Code of medical and sanitary regulations for the guidance of medical officers serving in the Madras Presidency - Volume I
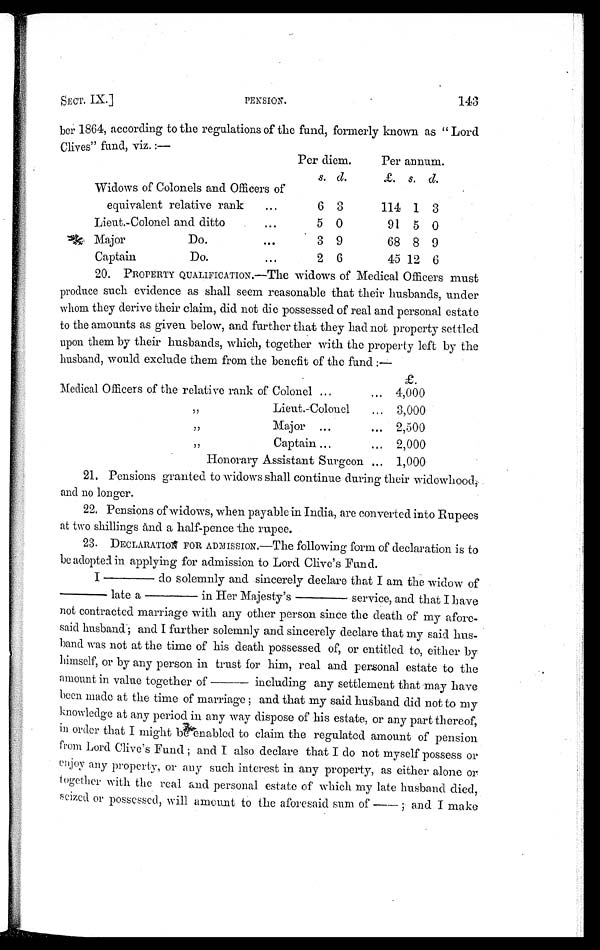
SECT. IX.]
PENSION.
143
ber 1864, according to the regulations of the fund, formerly known as " Lord
Clives" fund, viz. :—
Per diem.
Per annum.
s. d.
£ .
s. d.
Widows of Colonels and Officers of
equivalent relative rank
...
6 3
114 1 3
Lieut.-Colonel and ditto
. . .
5 0
9
1
5 0
Major Do.
...
3 9
68 8 9
Captain Do.
. . .
2 6
45 12 6
20. PROPERTY QUALIFICATION.—The Widows of Medical Officers must
produce such evidence as shall seem reasonable that their husbands, under
whom they derive their claim, did not die possessed of real and personal estate
to the amounts as given below, and further that they had not property settled
upon them by their husbands, which, together with the property left by the
husband, would exclude them from the benefit of the fund :—
£ .
Medical Officers of the relative rank of Colonel ...
... 4,000
" Lieut.-Colonel
... 3,000
" Major ...
... 2,500
" Captain ...
... 2,000
H o n o r a r y A s s i s t a n t S u r g e o n . . .
1,000
21. Pensions granted to widows shall continue during their widowhood,
and no longer.
22. Pensions of widows, when payable in India, are converted into Rupees
at two shillings and a half-pence the rupee.
23. DECLARATION FOR ADMISSION.—The following form of declaration is to
be adopted in applying for admission to Lord Clive's Fund.
I—do solemnly and sincerely declare that I am the widow of
—late a—in Her Majesty's—service, and that I have
not contracted marriage with any other person since the death of my afore-
said husband ; and I further solemnly and sincerely declare that my said hus-
band was not at the time of his death possessed of, or entitled to, either by
himself, or by any person in trust for him, real and personal estate to the
amount in value together of—including any settlement that may have
been made at the time of marriage ; and that my said husband did not to my
knowledge at any period in any way dispose of his estate, or any part thereof,
in order that I might be enabled to claim the regulated amount of pension
from Lord Clive's Fund ; and I also declare that I do not myself possess or
enjoy any property, or any such interest in any property, as either alone or
together with the real and personal estate of which my late husband died,
seized or possessed, will amount to the aforesaid sum of—; and I make